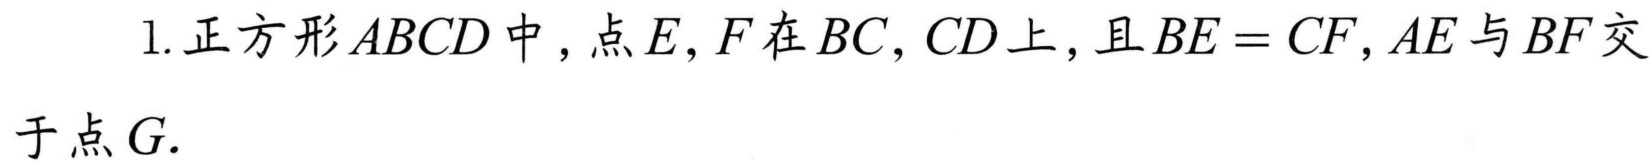
1.正方形\(ABCD\)中，点\(E,F\)在\(BC,CD\)上，且\(BE = CF\)，\(AE\)与\(BF\)交于点\(G\).